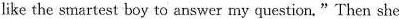
like the smartest boy to answer my question."Then she